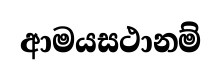
ආමයසථානම්